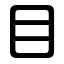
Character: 目